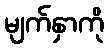
မျက်နှာကို